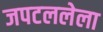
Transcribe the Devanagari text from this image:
जपटललेला